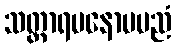
သတ္ထာရမနောမပညံ